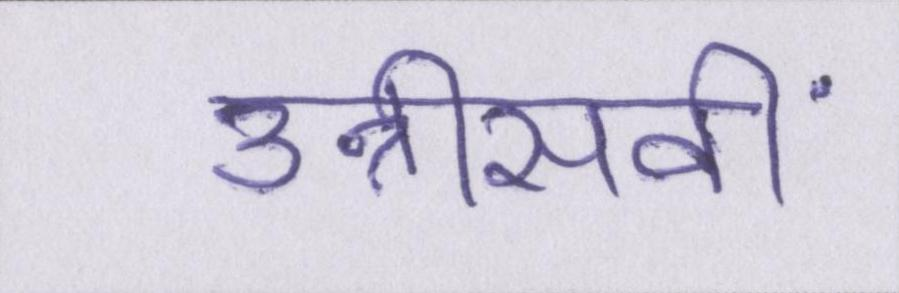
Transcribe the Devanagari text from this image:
उन्नीसवीं